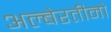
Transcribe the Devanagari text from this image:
अल्बेरतीनो